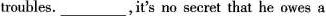
troubles.___,it's no secret that he owes a